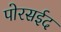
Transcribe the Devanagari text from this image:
पोरसईद